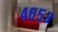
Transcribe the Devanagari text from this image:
४६५३